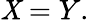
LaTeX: \mathit{X}=Y.